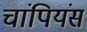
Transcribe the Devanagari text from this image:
चांपियंस